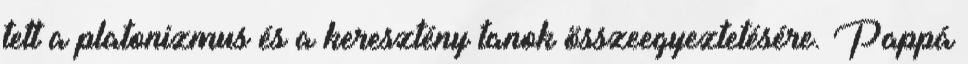
tett a platonizmus és a keresztény tanok összeegyeztetésére. Pappá